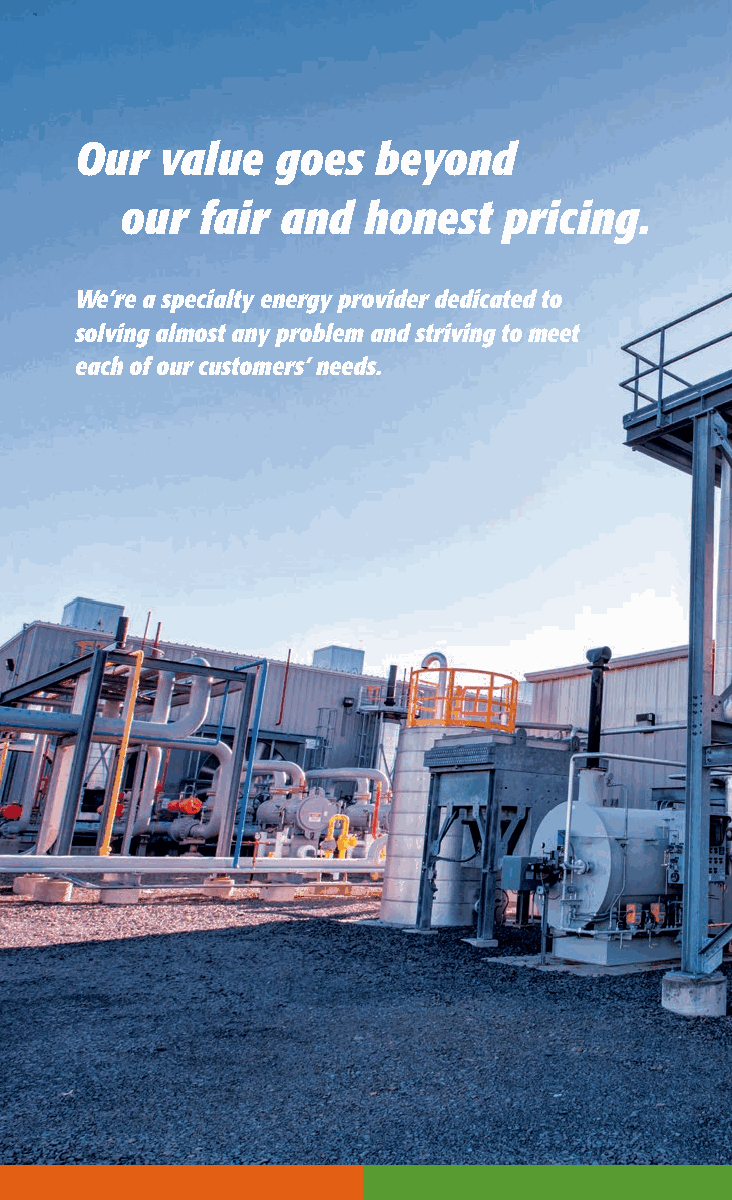
Our   value  goes   beyond
 our  fair  and  honest   pricing.
 We’re a specialty energy provider dedicated to
 solving almost any problem and striving to meet
 each of our customers’ needs.